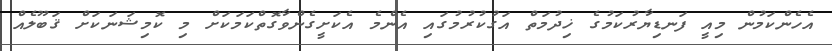
އެހެންކަމުން މިއީ ފަނޑިޔާރުކަމުގެ ޚިދުމަތް އަގުކުރުމުގައި އެންމެ އެކަށީގެންވާގޮތްކަމަކަށް މި ކޮމިޝަނަކަށް ޤަބޫލެއް